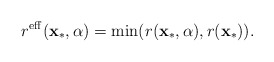
\begin{align*}r^{\mathrm{eff}}(\mathbf{x}_{*},\alpha) & =\min(r(\mathbf{x}_{*},\alpha),r(\mathbf{x}_{*})).\end{align*}